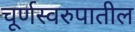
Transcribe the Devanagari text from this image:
चूर्णस्वरुपातील